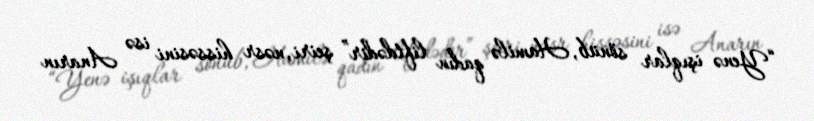
“Yenə işıqlar sönüb, Hamilə qadın liftdədir” şeiri, nəsr hissəsini isə Anarın